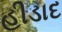
હીડાદ